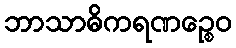
ဘာသာဓိကရဏဉ္စေဝ